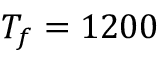
T _ { f } = 1 2 0 0